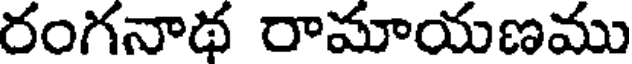
రంగనాథ రామాయణము